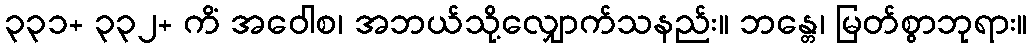
၃၃၁+ ၃၃၂+ ကိံ အဝေါစ၊ အဘယ်သို့လျှောက်သနည်း။ ဘန္တေ၊ မြတ်စွာဘုရား။